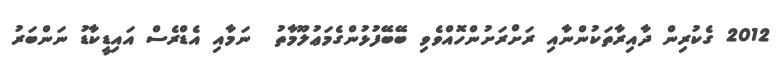
2012 ގެކުރިން ދާއިރާތަކުންނާއި ރަށްރަށުންހޮއްވެވި ބޭބޭފުޅުންގެމަޢުލޫމާތު  ނަމާއި އެޑްރެސް އައިޑީކާޑު ނަންބަރު